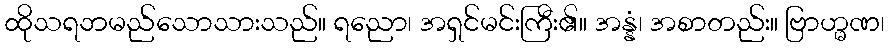
ထိုသရဘမည်သောသားသည်။ ရညော၊ အရှင်မင်းကြီး၏။ အန္နံ၊ အစာတည်း။ ဗြာဟ္မဏ၊